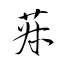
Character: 菽